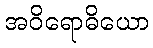
အဝိရောဓိယော